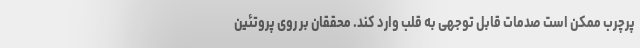
پرچرب ممکن است صدمات قابل توجهی به قلب وارد کند. محققان بر روی پروتئین